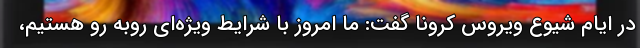
در ایام شیوع ویروس کرونا گفت: ما امروز با شرایط ویژه‌ای روبه رو هستیم،